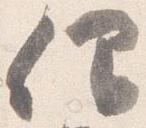
仰